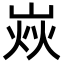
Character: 𡹖